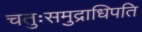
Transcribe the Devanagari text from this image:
चतुःसमुद्राधिपति